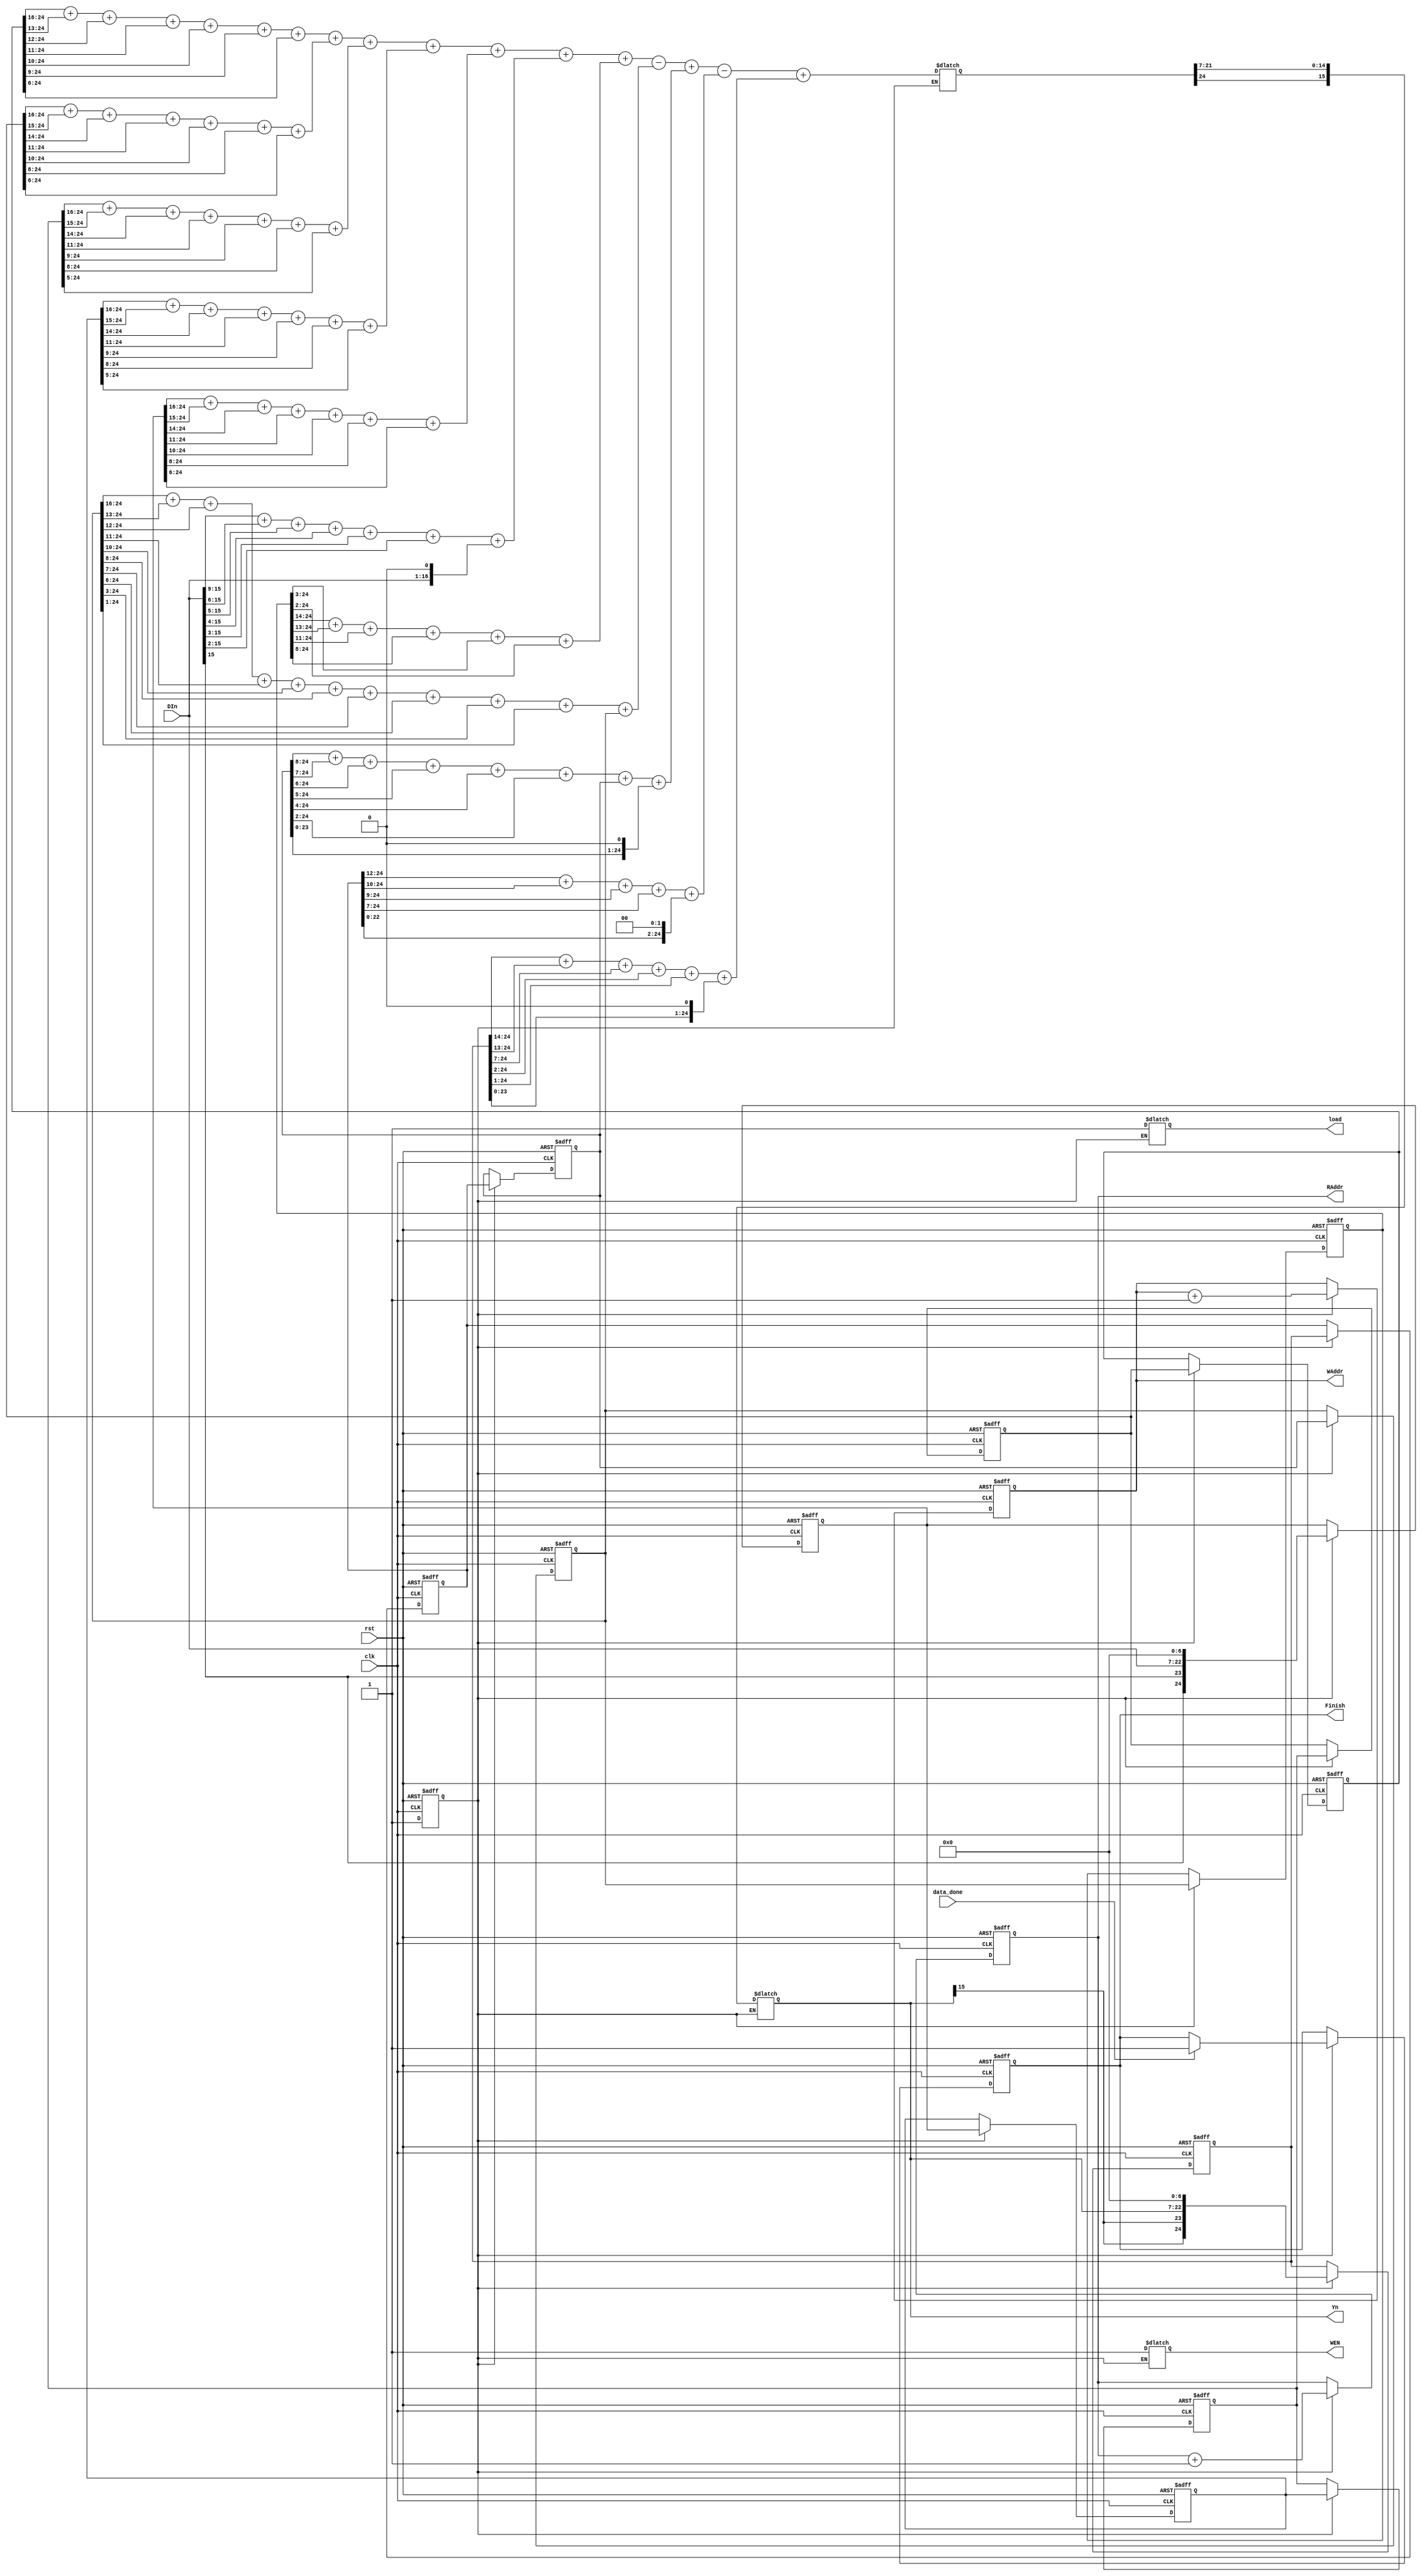
`define IDLE        1'd0
`define Operation   1'd1

module IIR(clk,rst, load,DIn,RAddr,data_done,WEN,Yn,WAddr,Finish);
	parameter n=16;
	parameter m=20;
	
	input clk,rst;
	input data_done;
	input signed[n-1:0]DIn;
	
	output  WEN,load;
	output Finish;
	output [n-1:0]Yn;
	output [m-1:0]RAddr;
	output [m-1:0]WAddr;

	reg state, next_state;
	reg Finish, next_Finish;
	reg load,WEN;
	reg signed [24:0] rlt;
	reg signed [24:0] s       [5:0];
	reg signed [24:0] next_s  [5:0];
	reg signed [24:0] s_prime [4:0];
	reg signed [24:0] next_s_prime [4:0];
	reg [19:0] RAddr, WAddr, next_RAddr, next_WAddr;
	reg signed [15:0]Yn;

//DFF Logic
	always @(negedge clk or posedge rst) begin
		if (rst) begin
			state <= `IDLE;
			s[0]  <= 25'd0;
			s[1]  <= 25'd0;
			s[2]  <= 25'd0;
			s[3]  <= 25'd0;
			s[4]  <= 25'd0;
			s[5]  <= 25'd0;
			s_prime[0] <= 25'd0;
			s_prime[1] <= 25'd0;
			s_prime[2] <= 25'd0;
			s_prime[3] <= 25'd0;
			s_prime[4] <= 25'd0;
			RAddr  <= 20'd0;
			WAddr  <= 20'd0;
			Finish <= 1'd0;
		end
		else begin
			state <= next_state;
			s[0]  <= next_s[0];
			s[1]  <= next_s[1];
			s[2]  <= next_s[2];
			s[3]  <= next_s[3];
			s[4]  <= next_s[4];
			s[5]  <= next_s[5];
			s_prime[0]  <= next_s_prime[0];
			s_prime[1]  <= next_s_prime[1];
			s_prime[2]  <= next_s_prime[2];
			s_prime[3]  <= next_s_prime[3];
			s_prime[4]  <= next_s_prime[4];
			RAddr  <= next_RAddr;
			WAddr  <= next_WAddr;
			Finish <= next_Finish;
		end
	end

//Next State Logic
	always @(*) begin
		next_state = state;

		case(state)
			`IDLE:begin
				next_state = `Operation;
			end

		endcase
	end

//Output Logic
	always @(*) begin
		next_Finish = Finish;
		next_RAddr = RAddr;
		next_WAddr = WAddr;

		case(state)
			`Operation:begin
				load = 1'd1;
				WEN  = 1'd1;
				Yn = {rlt[24], rlt[21:7]};
				next_RAddr = RAddr + 20'd1;
				next_WAddr = WAddr + 20'd1;
				next_Finish = (data_done == 1'd1)? 1'd1 : Finish;
			end
		endcase
	end

//OP Logic
	always @(*) begin
		next_s[0] = s[0];
		next_s[1] = s[1];
		next_s[2] = s[2];
		next_s[3] = s[3];
		next_s[4] = s[4];
		next_s[5] = s[5];
		next_s_prime[0] = s_prime[0];
		next_s_prime[1] = s_prime[1];
		next_s_prime[2] = s_prime[2];
		next_s_prime[3] = s_prime[3];
		next_s_prime[4] = s_prime[4];

		case(state)
			`Operation:begin
				s[5] = {{2{DIn[15]}}, DIn, {7{1'b0}}};

				rlt  = ((s[0]>>>16)+(s[0]>>>13)+(s[0]>>>12)+(s[0]>>>11)+(s[0]>>>10)+(s[0]>>>9)+(s[0]>>>6))+
					   ((s[1]>>>16)+(s[1]>>>15)+(s[1]>>>14)+(s[1]>>>11)+(s[1]>>>10)+(s[1]>>>8)+(s[1]>>>6))+
					   ((s[2]>>>16)+(s[2]>>>15)+(s[2]>>>14)+(s[2]>>>11)+(s[2]>>>9)+(s[2]>>>8)+(s[2]>>>5))+
					   ((s[3]>>>16)+(s[3]>>>15)+(s[3]>>>14)+(s[3]>>>11)+(s[3]>>>9)+(s[3]>>>8)+(s[3]>>>5))+
					   ((s[4]>>>16)+(s[4]>>>15)+(s[4]>>>14)+(s[4]>>>11)+(s[4]>>>10)+(s[4]>>>8)+(s[4]>>>6))+
					   ((s[5]>>>16)+(s[5]>>>13)+(s[5]>>>12)+(s[5]>>>11)+(s[5]>>>10)+(s[5]>>>9)+(s[5]>>>6))+
					   ((s_prime[0]>>>14)+(s_prime[0]>>>13)+(s_prime[0]>>>11)+(s_prime[0]>>>8)+(s_prime[0]>>>3)+(s_prime[0]>>>2))-
					   ((s_prime[1]>>>16)+(s_prime[1]>>>13)+(s_prime[1]>>>12)+(s_prime[1]>>>11)+(s_prime[1]>>>10)+(s_prime[1]>>>8)+(s_prime[1]>>>7)+(s_prime[1]>>>6)+(s_prime[1]>>>3)+(s_prime[1]>>>1)+s_prime[1])+
					   ((s_prime[2]>>>8)+(s_prime[2]>>>7)+(s_prime[2]>>>6)+(s_prime[2]>>>5)+(s_prime[2]>>>4)+(s_prime[2]>>>2)+s_prime[2]+(s_prime[2]<<<1))-
					   ((s_prime[3]>>>12)+(s_prime[3]>>>10)+(s_prime[3]>>>9)+(s_prime[3]>>>7)+(s_prime[3]<<<2))+
					   ((s_prime[4]>>>14)+(s_prime[4]>>>13)+(s_prime[4]>>>7)+(s_prime[4]>>>2)+(s_prime[4]>>>1)+(s_prime[4]<<<1));

				next_s[0] = s[1];
				next_s[1] = s[2];
				next_s[2] = s[3];
				next_s[3] = s[4];
				next_s[4] = s[5];
				next_s_prime[0] = s_prime[1];
				next_s_prime[1] = s_prime[2];
				next_s_prime[2] = s_prime[3];
				next_s_prime[3] = s_prime[4];
				next_s_prime[4] = {{2{Yn[15]}}, Yn, {7{1'b0}}};
			end
		endcase
	end

endmodule